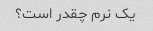
یک نرم چقدر است؟